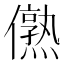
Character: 𰃁